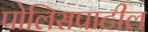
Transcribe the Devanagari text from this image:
पोलिसपाटील